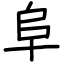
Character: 阜